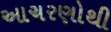
આચરણોથી